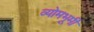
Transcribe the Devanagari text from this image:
व्योमभूमी